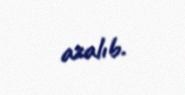
azalıb.